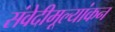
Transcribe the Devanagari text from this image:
संवेदीमूल्यांकन